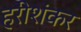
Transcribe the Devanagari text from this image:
हरीशंकर